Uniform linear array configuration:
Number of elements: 12
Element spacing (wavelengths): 0.5
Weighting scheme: hann
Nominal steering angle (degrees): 60
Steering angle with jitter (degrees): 61.57
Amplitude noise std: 0.05
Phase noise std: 0.05

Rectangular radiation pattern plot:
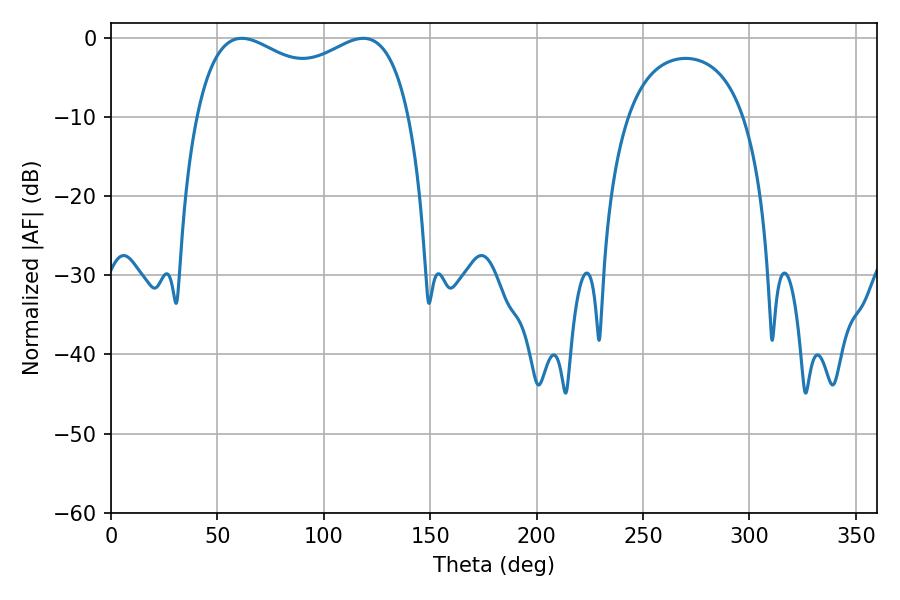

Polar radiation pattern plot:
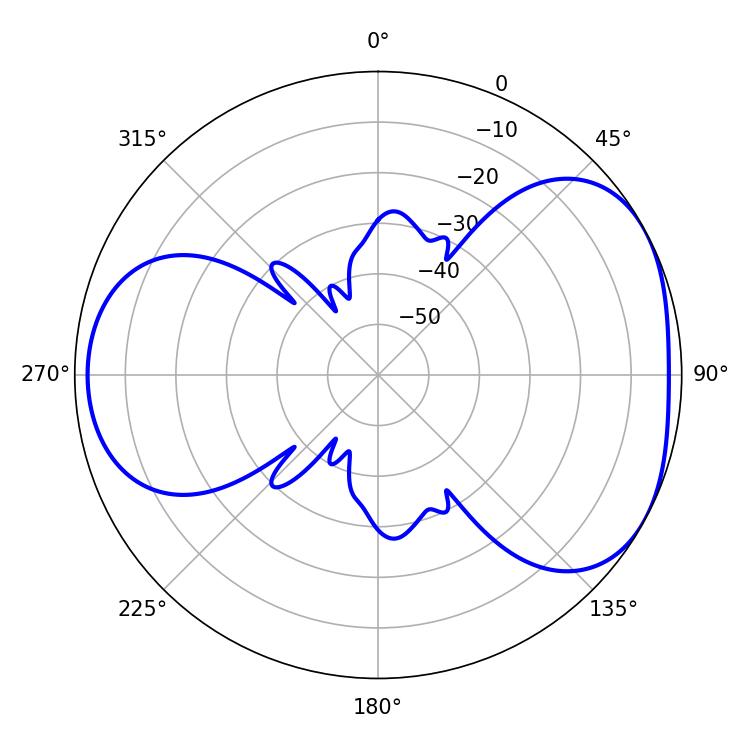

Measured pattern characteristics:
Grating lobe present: FALSE
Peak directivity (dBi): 4.408
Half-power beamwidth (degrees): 83.16
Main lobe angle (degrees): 61.38